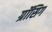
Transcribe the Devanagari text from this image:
ग्रॉसिग